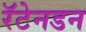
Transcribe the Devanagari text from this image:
रॅटेनडन